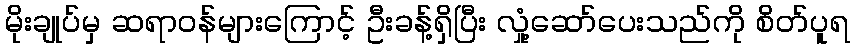
မိုးချုပ်မှ ဆရာဝန်များကြောင့် ဦးခန့်ရှိပြီး လှုံ့ဆော်ပေးသည်ကို စိတ်ပူရ